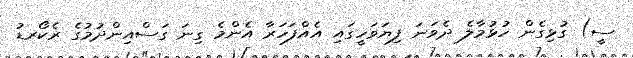
ސީ) ގުޅިގެން ހުޅުމާލެ ދެވަނަ ފިޔަވަހީގައި އެއްފަހަރާ އެންމެ ގިނަ ގަސްއިންދުމުގެ ރެކޯރޑު